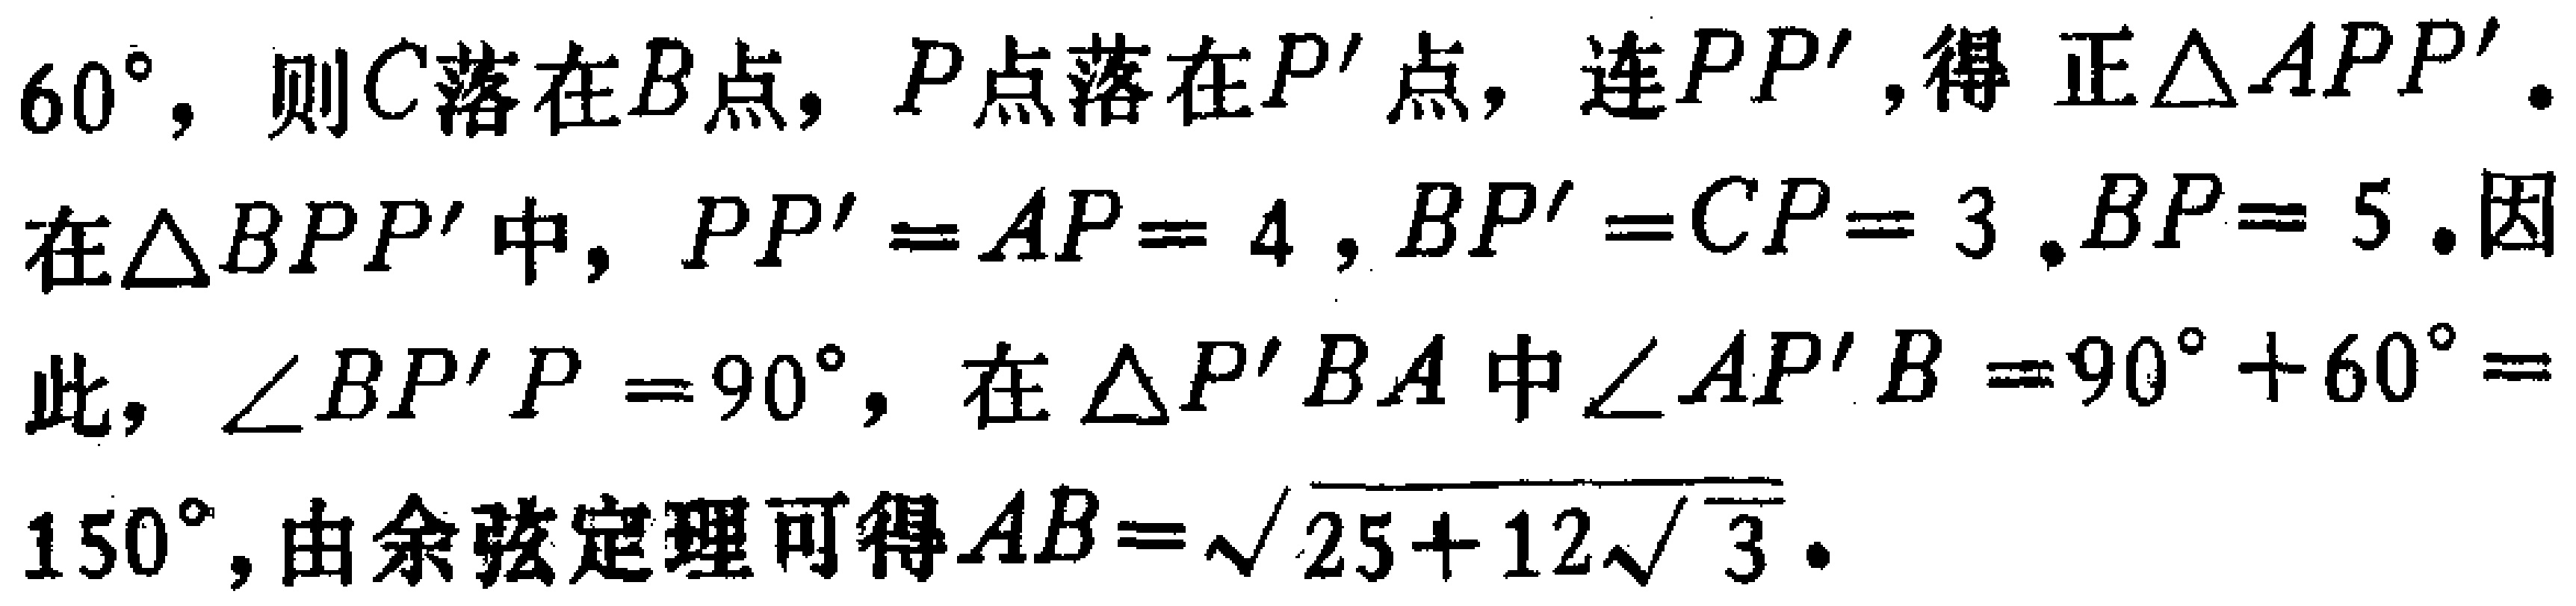
$60^{\circ}，则C落在B点，P点落在P^{\prime}点，连PP^{\prime}，得 正\triangle APP^{\prime}。在\triangle BPP^{\prime}中，PP^{\prime}=AP = 4，BP^{\prime}=CP = 3，BP = 5。因此，\angle BP^{\prime}P = 90^{\circ}，在\triangle P^{\prime}BA中\angle AP^{\prime}B = 90^{\circ}+60^{\circ}=150^{\circ}，由余弦定理可得AB=\sqrt{25 + 12\sqrt{3}}。$